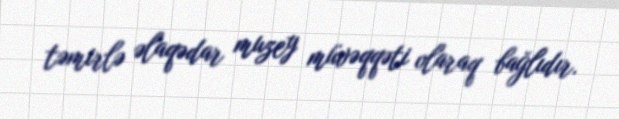
təmirlə əlaqədar muzey müvəqqəti olaraq bağlıdır.